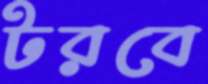
টরবে